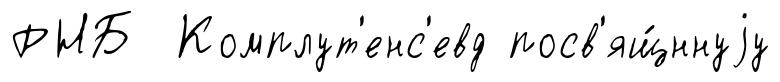
РНБ Комплут'енс'евд посв'ящ́ннуjу